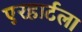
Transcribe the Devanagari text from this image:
एरहार्टला